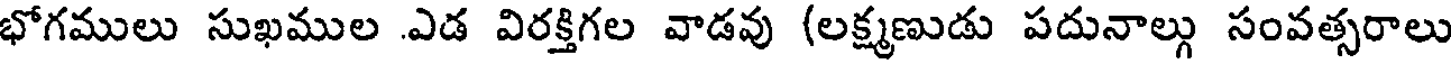
భోగములు సుఖముల .ఎడ విరక్తిగల వాడవు (లక్ష్మణుడు పదునాల్గు సంవత్సరాలు